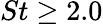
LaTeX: St\geq 2.0